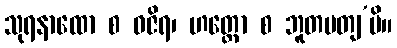
သုရနာထော စ ဝဇိရ၊ ဟတ္ထော စ ဘူတပတျ’ပိ။